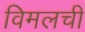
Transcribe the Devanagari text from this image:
विमलची